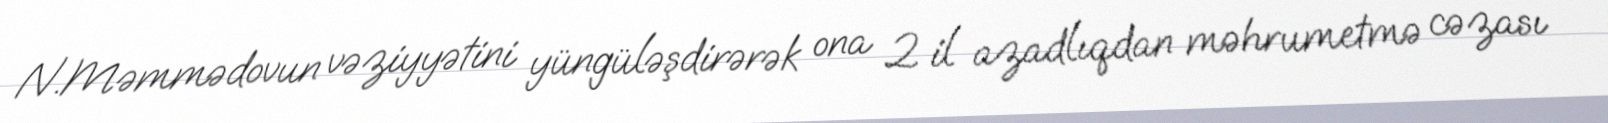
N.Məmmədovun vəziyyətini yüngüləşdirərək ona 2 il azadlıqdan məhrumetmə cəzası